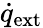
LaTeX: {\dot{q}}_{\mathrm{ext}}